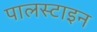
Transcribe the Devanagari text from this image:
पालस्टाइन